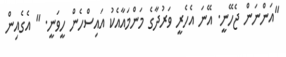
"އަންނަން ޖެހޭނީ. އޭނަ އެހެރީ ވަރުދާގެ މަންމައާއެކު އައިސްހެން ހީވަނީ. " އެގެއިން